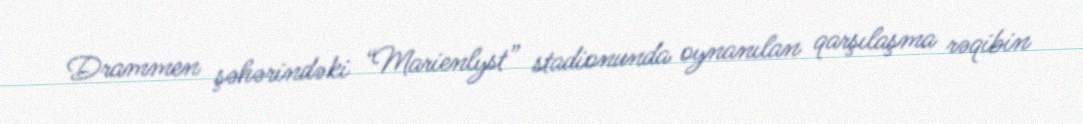
Drammen şəhərindəki “Marienlyst” stadionunda oynanılan qarşılaşma rəqibin